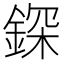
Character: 𨨥